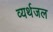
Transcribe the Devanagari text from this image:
व्यर्थजल